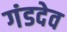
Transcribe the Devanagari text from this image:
गंडदेव